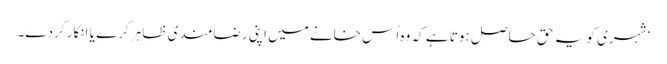
‘ شہری کو یہ حق حاصل ہوتا ہے کہ وہ اُس خانے میں اپنی رضامندی ظاہر کرے یا انکار کردے۔